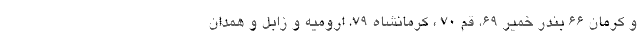
و کرمان 66 بندر خمیر 69، قم 70 ، کرمانشاه 79، ارومیه و زابل و همدان